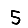
Digit: 5